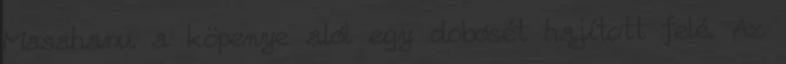
Masaharu a köpenye alól egy dobósét hajított felé. Az